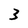
Character: 3